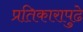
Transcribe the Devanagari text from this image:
प्रतिकारापुढे